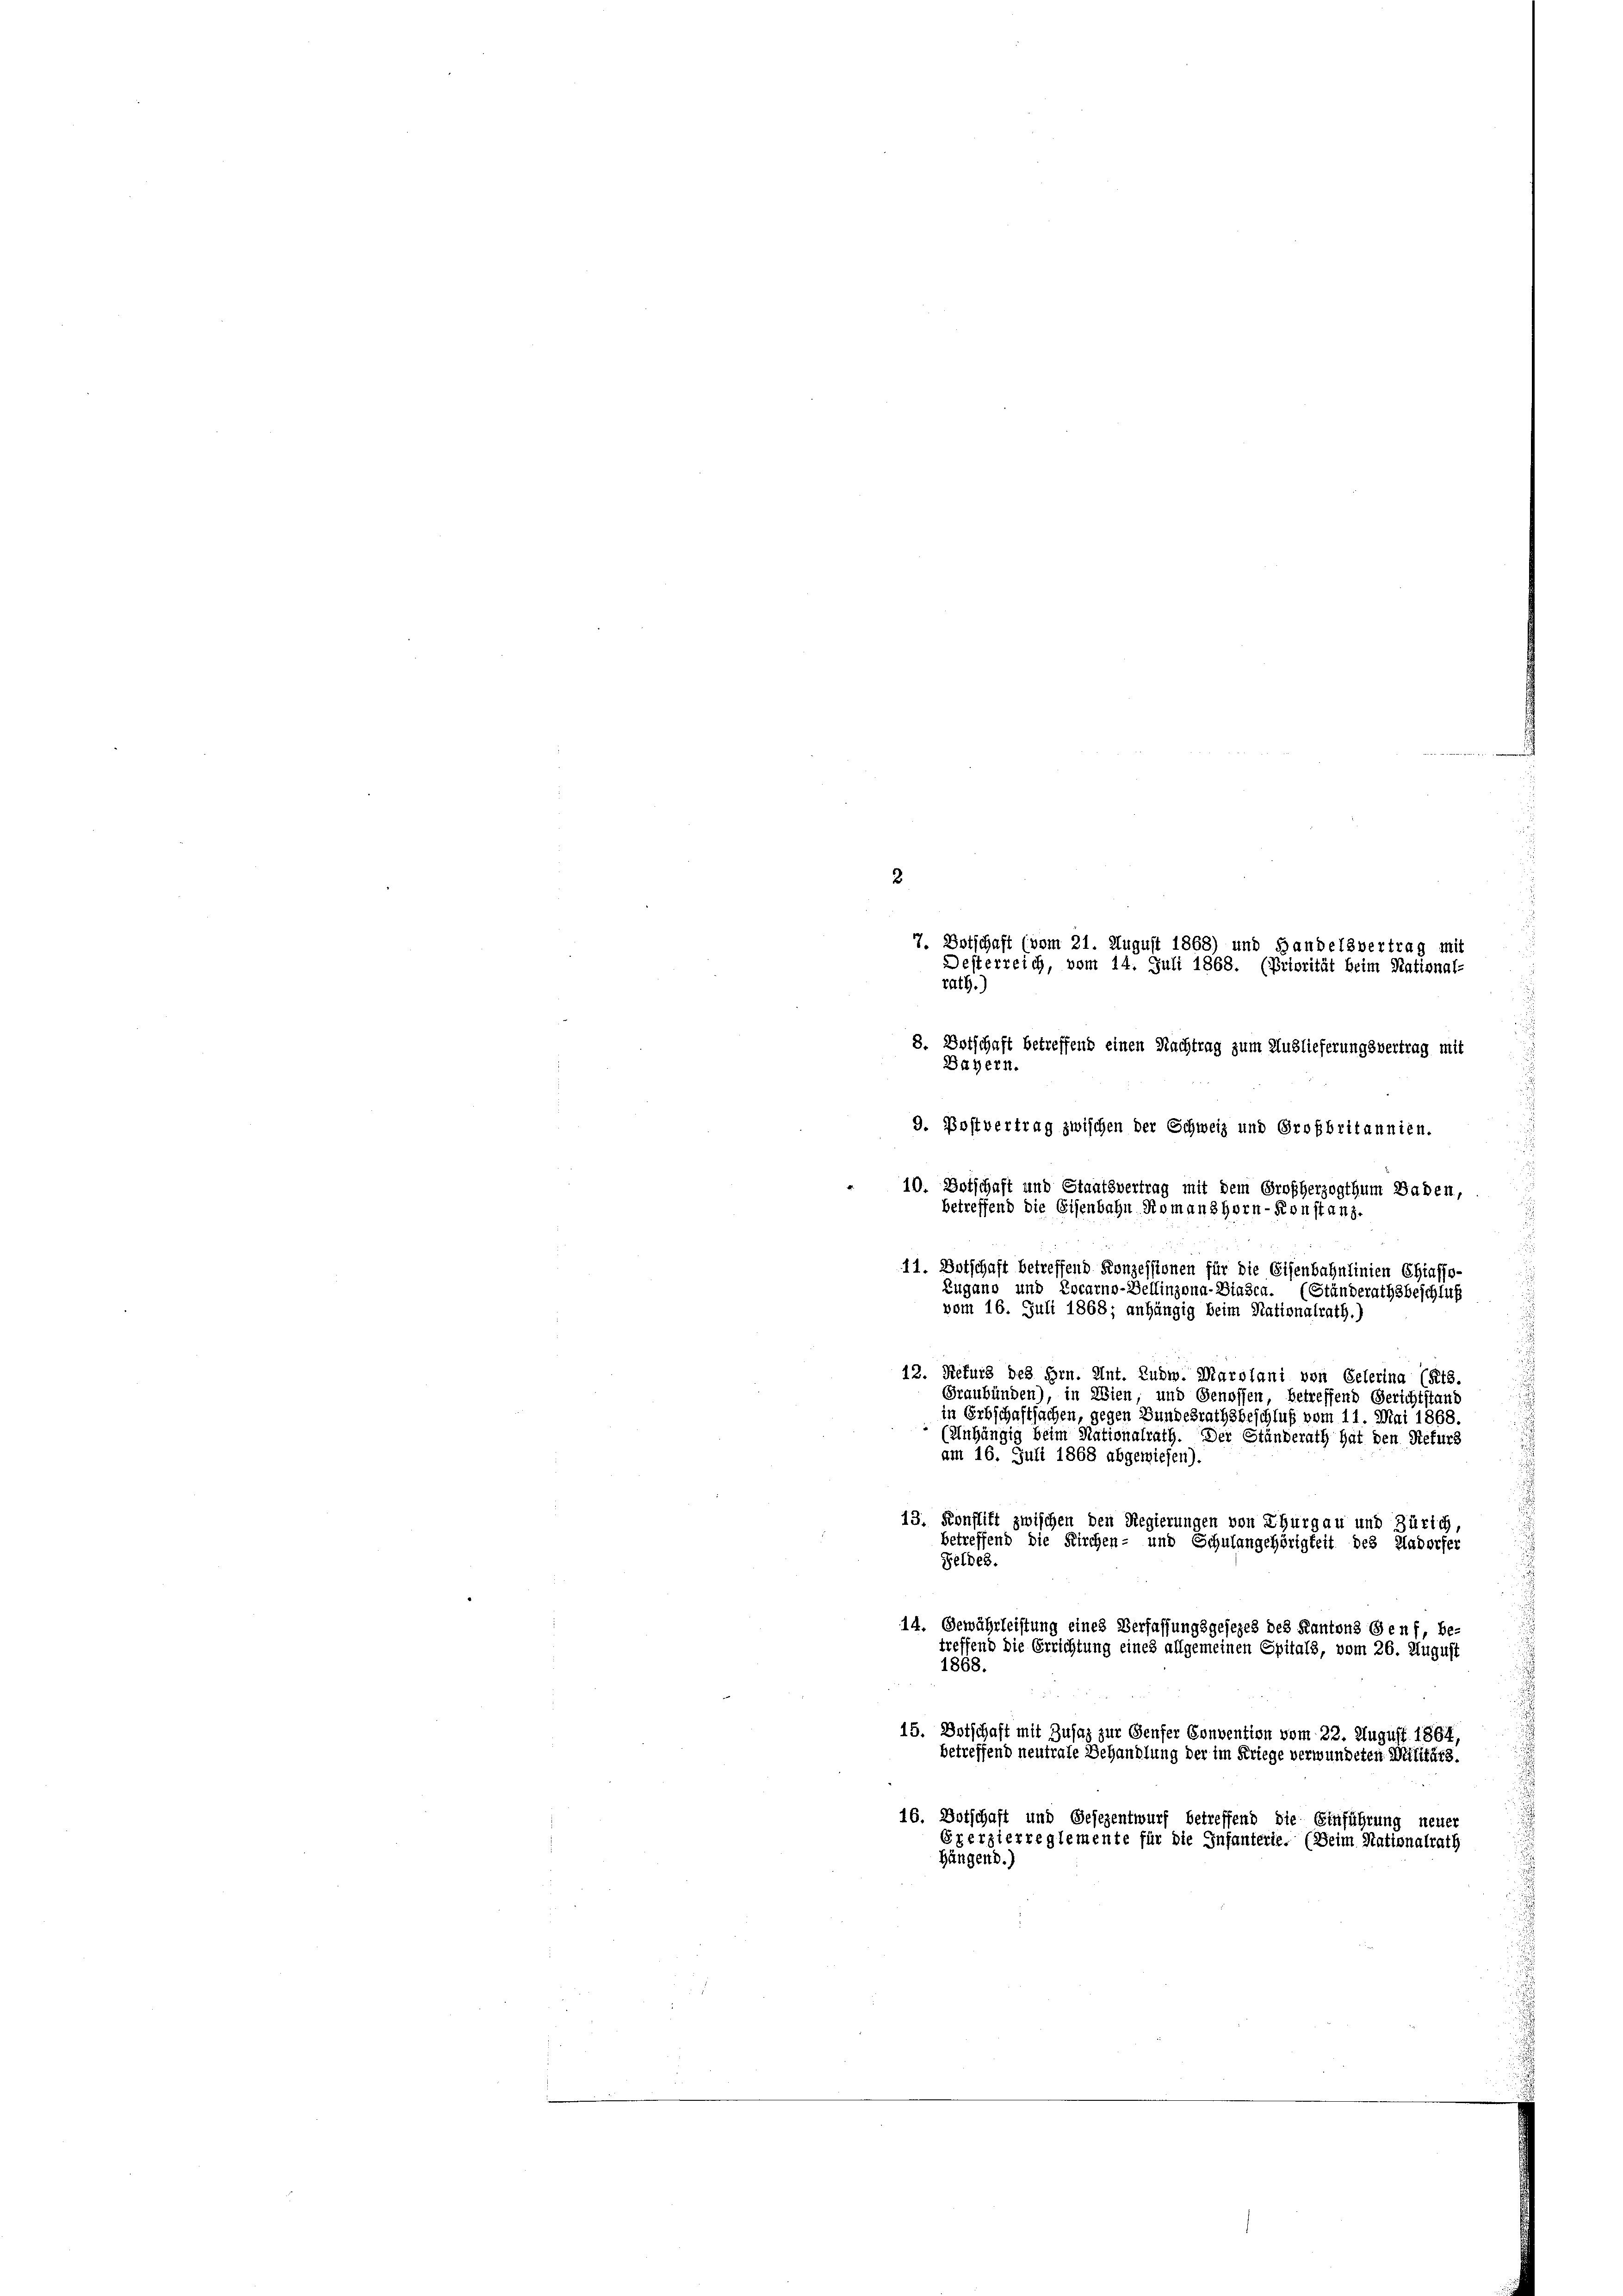
2
7. Botschaft (vom 21. August 1868) und Handelsvertrag mit
Desterreich, vom 14. Juli 1868. (Priorität beim National-
rath.)
8. Botschaft betreffend einen Nachtrag zum Auslieferungsvertrag mit
Bähern.
9. Postvertrag zwischen der Schweiz und Großbritannien.
10. Botschaft und Staatsvertrag mit dem Großherzogthum Baden,
betreffend die Eisenbahn Romanshorn-Konstanz.
11. Botschaft betreffend Konzessionen für die Eisenbahnlinien Chiaffo-
Zugano und Locarno-Bellinzona-Biasca. (Ständerathsbeschluß
vom 16. Juli 1868; anhängig beim Nationalrath.)
12. Refurs des Hrn. Ant. Ludw. Marolani von Gelerina (Rts.
Graubünden), in Wien, und Genossen, betreffend Gerichtstand
in Erbschaftsachen, gegen Bundesrathsbeschluß vom 11. Mai 1868
(Anhängig beim Nationalrath. Der Ständerath hat den Refurs
am 16. Juli 1868 abgewiesen).
13. Konstift zwischen den Regierungen von Thurgau und Zürich,
betreffend die Kirchen- und Schulangehörigkeit des Hadorfer
Feldes.
14. Gewährleistung eines Verfassungsgesezes des Kantons Genf, be-
treffend die Errichtung eines allgemeinen Epitals, vom 26. August
1868.
15. Botschaft mit Zusaz zur Genfer Convention vom 22. August 1864,
betreffend neutrate Behandlung der im Kriege verwundeten Militärs.
16. Botschaft und Gesezentwurf betreffend die Einführung neuer
Exerzierreglemente für die Infanterie. (Beim Stationalrath
Hängend.)